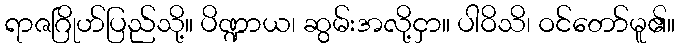
ရာဇဂြိုဟ်ပြည်သို့။ ပိဏ္ဍာယ၊ ဆွမ်းအလို့ငှာ။ ပါဝိသိ၊ ဝင်တော်မူ၏။